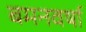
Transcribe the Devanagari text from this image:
बमनवर्षा